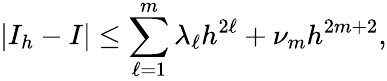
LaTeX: |I_{h}-I|\leq\sum_{\ell=1}^{m}\lambda_{\ell}h^{2\ell}+\nu_{m}h^{2m+2},